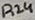
Text: R24